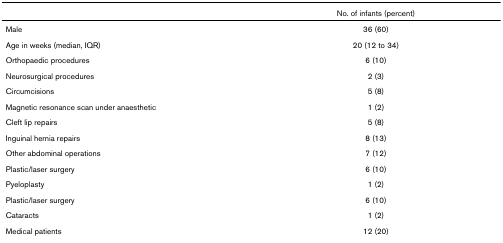
|  | No. of infants (percent) |
 | --- | --- |
 | Male | 36 (60) |
 | Age in weeks (median, IQR) | 20 (12 to 34) |
 | Orthopaedic procedures | 6 (10) |
 | Neurosurgical procedures | 2 (3) |
 | Circumcisions | 5 (8) |
 | Magnetic resonance scan under anaesthetic | 1 (2) |
 | Cleft lip repairs | 5 (8) |
 | Inguinal hernia repairs | 8 (13) |
 | Other abdominal operations | 7 (12) |
 | Plastic/laser surgery | 6 (10) |
 | Pyeloplasty | 1 (2) |
 | Plastic/laser surgery | 6 (10) |
 | Cataracts | 1 (2) |
 | Medical patients | 12 (20) |